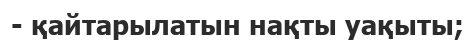
- қайтарылатын нақты уақыты;